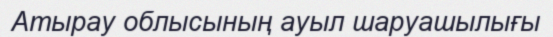
Атырау облысының ауыл шаруашылығы